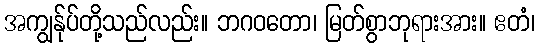
အကျွန်ုပ်တို့သည်လည်း။ ဘဂဝတော၊ မြတ်စွာဘုရားအား။ ဧတံ၊